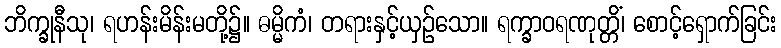
ဘိက္ခုနီသု၊ ရဟန်းမိန်းမတို့၌။ ဓမ္မိကံ၊ တရားနှင့်ယှဉ်သော။ ရက္ခာဝရဏုတ္တိံ၊ စောင့်ရှောက်ခြင်း